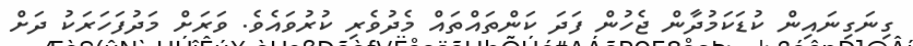
ގިނަގިނައިން ކުޑަކަމުދާން ޖެހުން ފަދަ ކަންތައްތައް މެދުވެރި ކުރުވައެވެ. ވަރަށް މަދުފަހަރަކު ދަށް